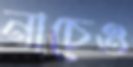
নাচেও